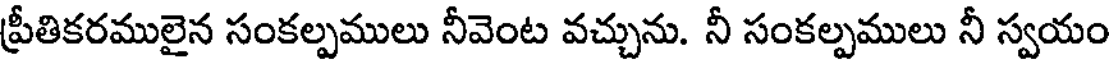
ప్రీతికరములైన సంకల్పములు నీవెంట వచ్చును. నీ సంకల్పములు నీ స్వయం